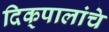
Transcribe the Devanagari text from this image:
दिक्‌पालांचे